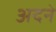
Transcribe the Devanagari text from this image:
अदने